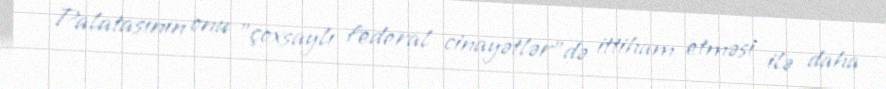
Palatasının onu "çoxsaylı federal cinayətlər"də ittiham etməsi ilə daha